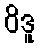
ဝိဒူ